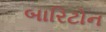
બારિટોન